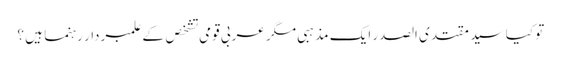
تو کیا سید مقتدی الصدر ایک مذہبی مگر عربی قومی تشخص کے علمبردار رہنما ہیں ؟